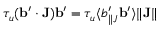
\tau _ { u } ( { \bf { b } } ^ { \prime } \cdot { \bf { J } } ) { \bf { b } } ^ { \prime } = \tau _ { u } \langle { b _ { \parallel J } ^ { \prime } { \bf { b } } ^ { \prime } } \rangle \| { \bf { J } } \|